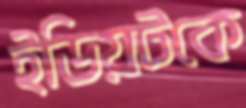
ইডিয়টকে